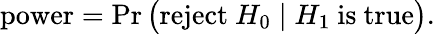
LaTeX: {\mathrm{power}}=\operatorname*{Pr}{\big(}{\mathrm{reject~}}H_{0}\mid H_{1}{\mathrm{~is~true}}{\big)}.